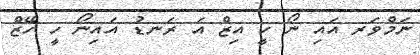
ނަމްވަރ އައި ނޯ ހީ އިޒް އަ ރަނޑު އައިނޯ ހީ ހޭޒް